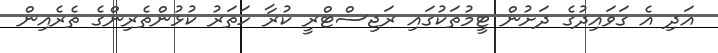
އަދި އެ ގަވައިދުގެ ދަށުން ޓީމުތަކުގައި ރަޖިސްޓްރީ ކުރާ ހަތަރު ކުޅުންތެރިންގެ ތެރެއިން